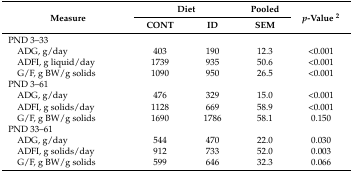
<table><thead><tr><td rowspan="2"><b>Measure</b></td><td colspan="2"><b>Diet</b></td><td><b>Pooled</b></td><td rowspan="2"><b><i>p</i>-Value <sup>2</sup></b></td></tr><tr><td><b>CONT</b></td><td><b>ID</b></td><td><b>SEM</b></td></tr></thead><tbody><tr><td>PND 3–33</td><td></td><td></td><td></td><td></td></tr><tr><td> ADG, g/day</td><td>403</td><td>190</td><td>12.3</td><td>&lt;0.001</td></tr><tr><td> ADFI, g liquid/day</td><td>1739</td><td>935</td><td>50.6</td><td>&lt;0.001</td></tr><tr><td> G/F, g BW/g solids</td><td>1090</td><td>950</td><td>26.5</td><td>&lt;0.001</td></tr><tr><td>PND 3–61</td><td></td><td></td><td></td><td></td></tr><tr><td> ADG, g/day</td><td>476</td><td>329</td><td>15.0</td><td>&lt;0.001</td></tr><tr><td> ADFI, g solids/day</td><td>1128</td><td>669</td><td>58.9</td><td>&lt;0.001</td></tr><tr><td> G/F, g BW/g solids</td><td>1690</td><td>1786</td><td>58.1</td><td>0.150</td></tr><tr><td>PND 33–61</td><td></td><td></td><td></td><td></td></tr><tr><td> ADG, g/day</td><td>544</td><td>470</td><td>22.0</td><td>0.030</td></tr><tr><td> ADFI, g solids/day</td><td>912</td><td>733</td><td>52.0</td><td>0.003</td></tr><tr><td> G/F, g BW/g solids</td><td>599</td><td>646</td><td>32.3</td><td>0.066</td></tr></tbody></table>